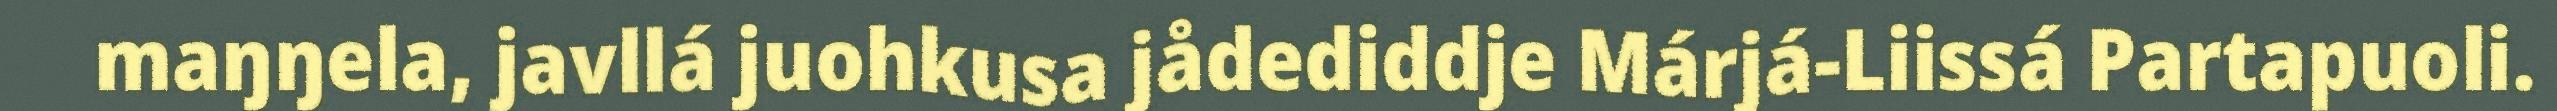
maŋŋela, javllá juohkusa jådediddje Márjá-Liissá Partapuoli.